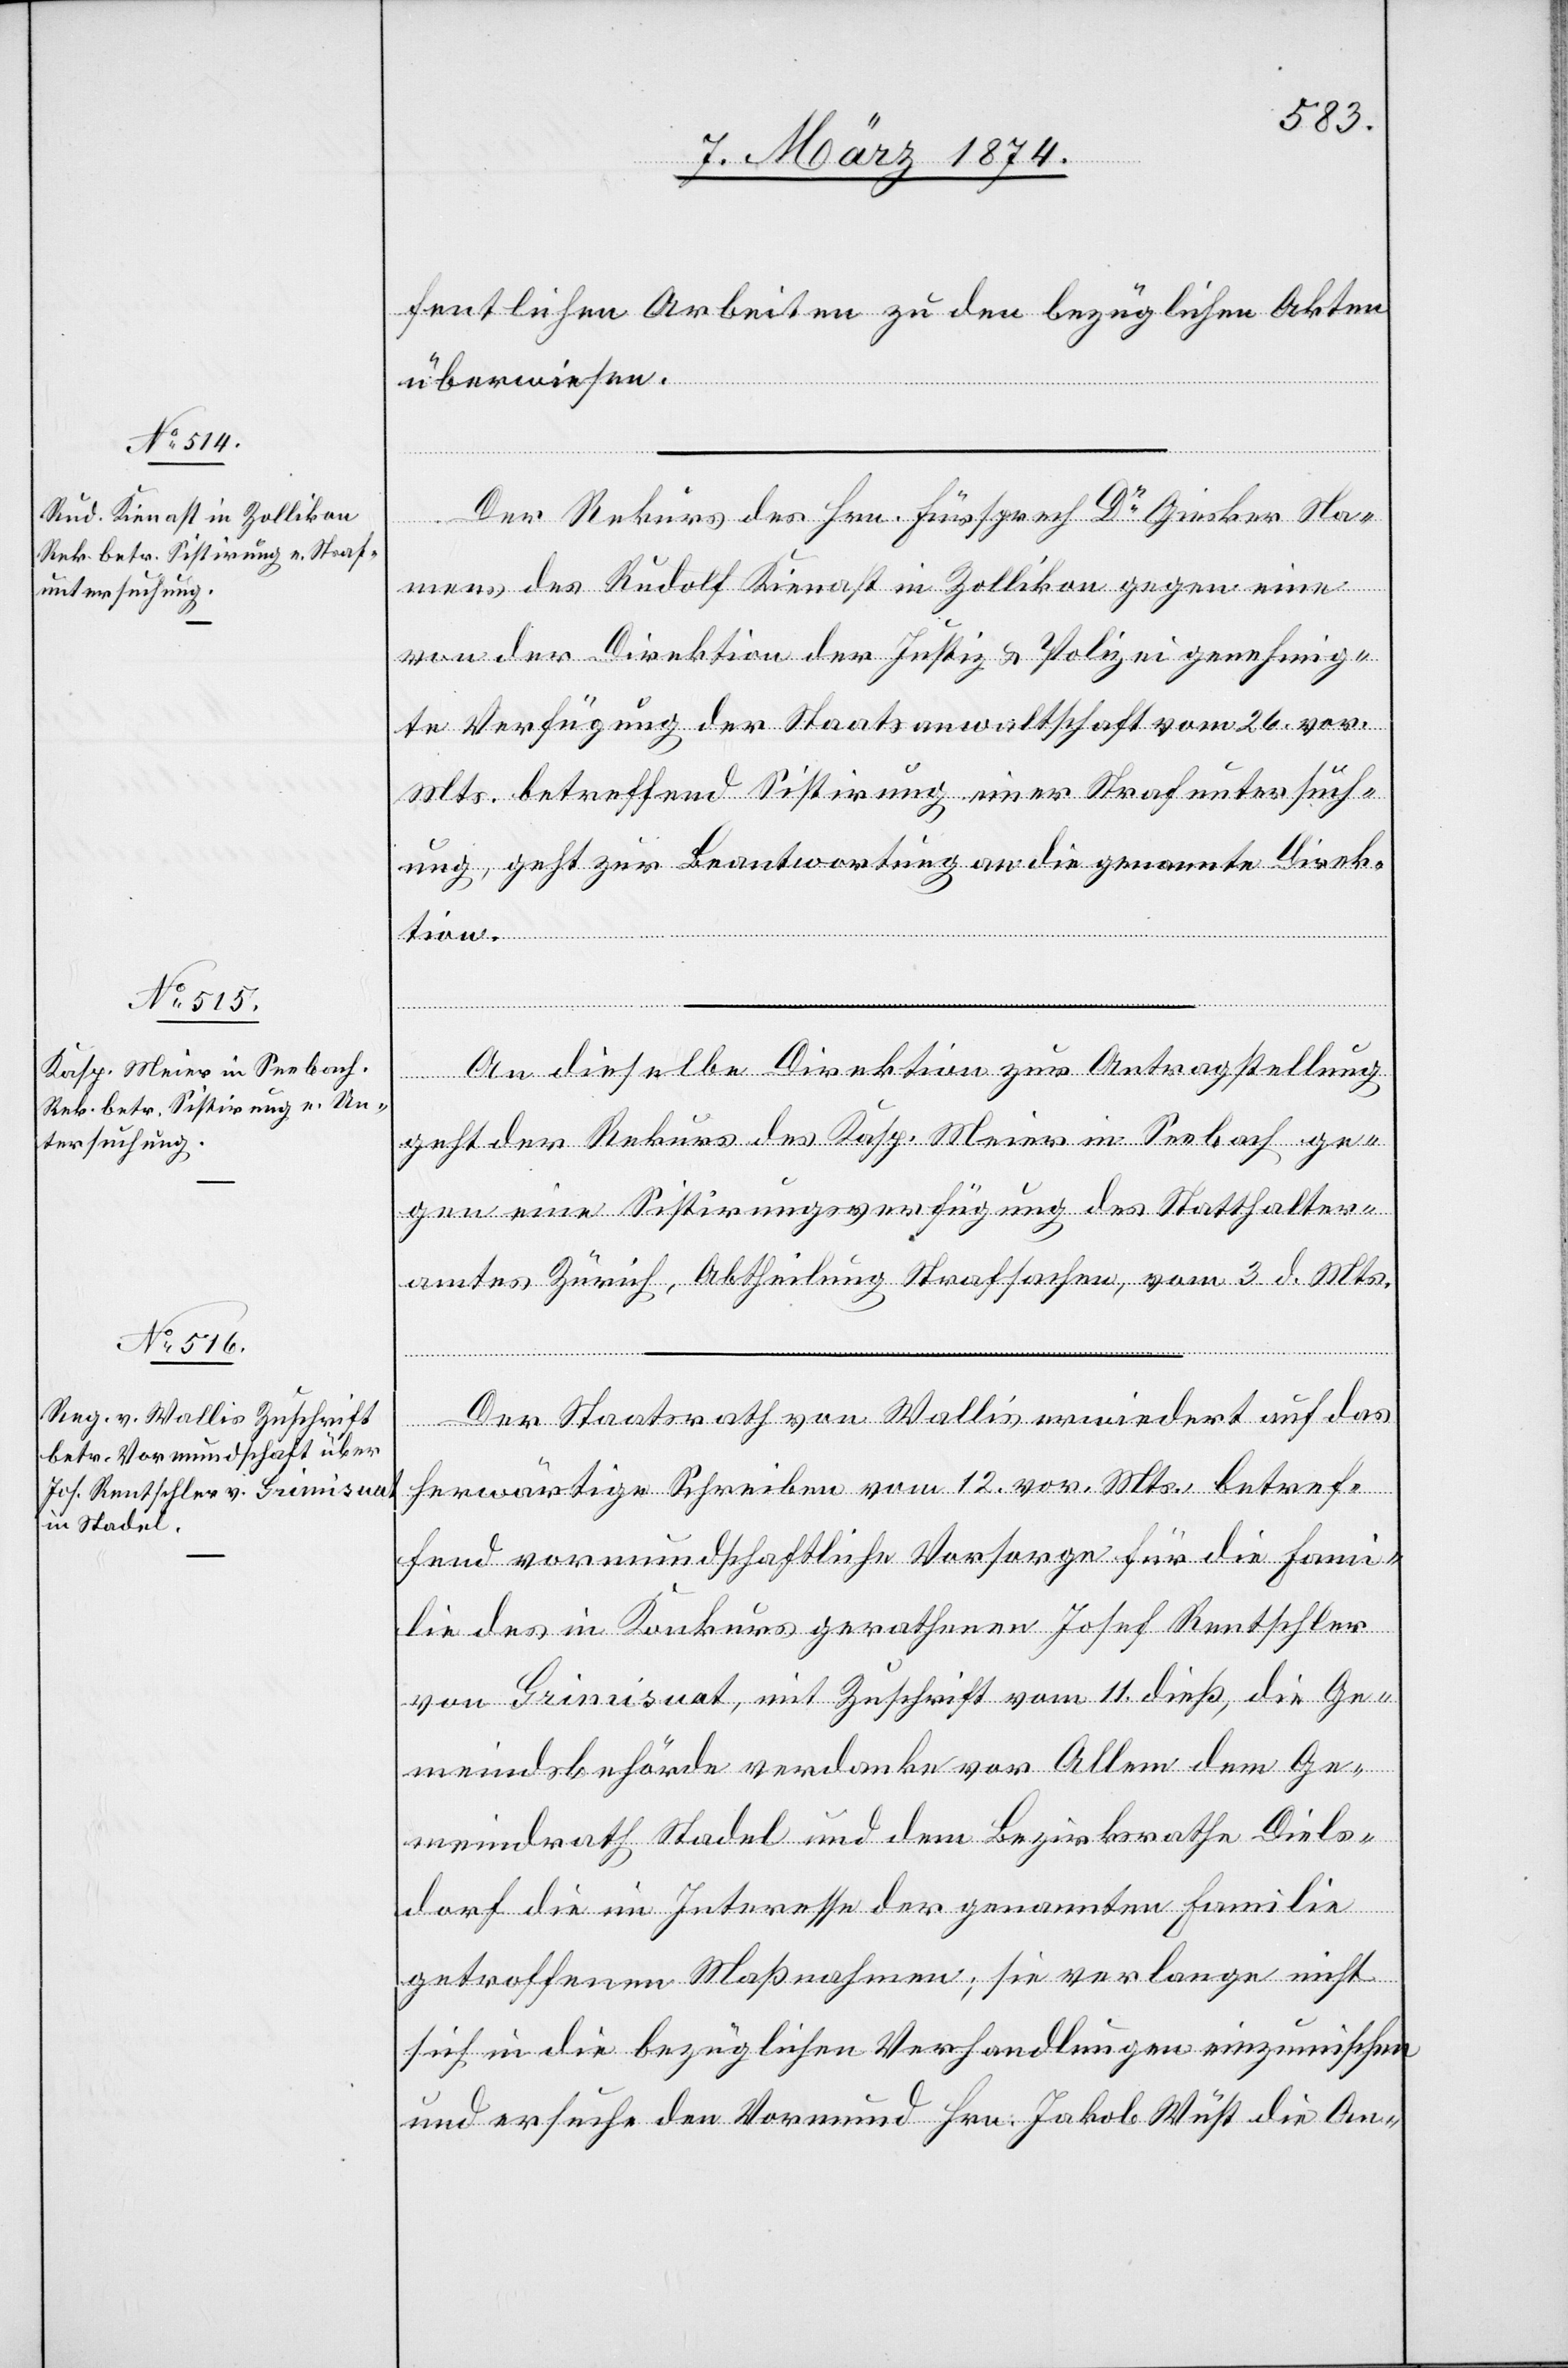
13. März 1874.]
fentlichen Arbeiten zur den bezügliche Akten
überwiesen.
tion.
Der Rekurs des Hrn. Fürsprech Dr Giesker Na¬
mens des Rudolf Kienast in Zollikon gegen eine
von der Direktion der Justiz u. Polizei genehmig¬
te Verfügung der Staatsanwaltschaft vom 26. vor.
Mts. betreffend Sistirung einer Strafuntersuch¬
ung, geht zur Beantwortung an die genannte Direk¬
An dieselbe Direktion zur Antragstellung
geht der Rekurs des Kasp. Meier in Seebach ge¬
gen eine Sistirungsverfügung des Statthalter¬
amtes Zürich, Abtheilung Strafsachen, vom 3. d. Mts.
Der Staatsrath von Wallis erwiedert auf das
herwärtige Schreiben vom 12. vor. Mts. betref¬
fend vormundschaftliche Vorsorge für die Fami¬
lie des in Konkurs gerathenen Josef Rentschler
von Grimisuat, mit Zuschrift vom 11. dieß, die Ge¬
meindsbehörde verdanke vor Allem dem Ge¬
meindrath Stadel und dem Bezirksrathe Diels¬
dorf die im Interesse der genannten Familie
getroffenen Maßnahmen; sie verlange nicht
sich in die bezüglichen Verhandlungen einzumischen
und ersuche den Vormund Hrn. Jakob Wüst die An-